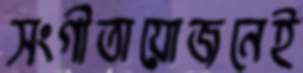
সংগীতায়োজনেই